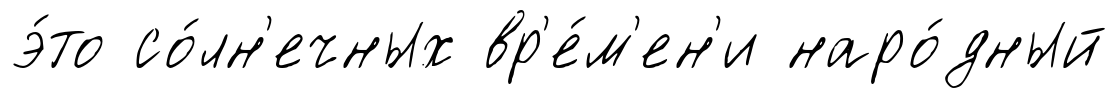
э́то со́лн'ечных вр'е́м'ен'и наро́дный